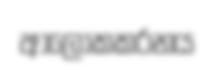
ආලෝකකරනය